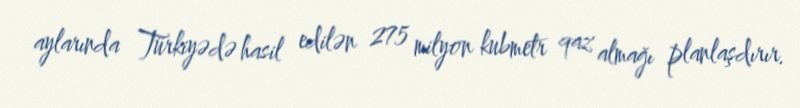
aylarında Türkiyədə hasil edilən 275 milyon kubmetr qaz almağı planlaşdırır.